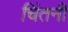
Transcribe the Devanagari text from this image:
चिंतनी